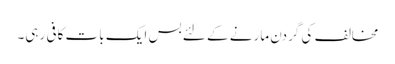
مخالف کی گردن مارنے کے لئے بس ایک بات کافی رہی۔